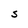
Character: S